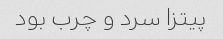
پیتزا سرد و چرب بود